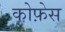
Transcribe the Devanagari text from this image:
कोफ़ेस